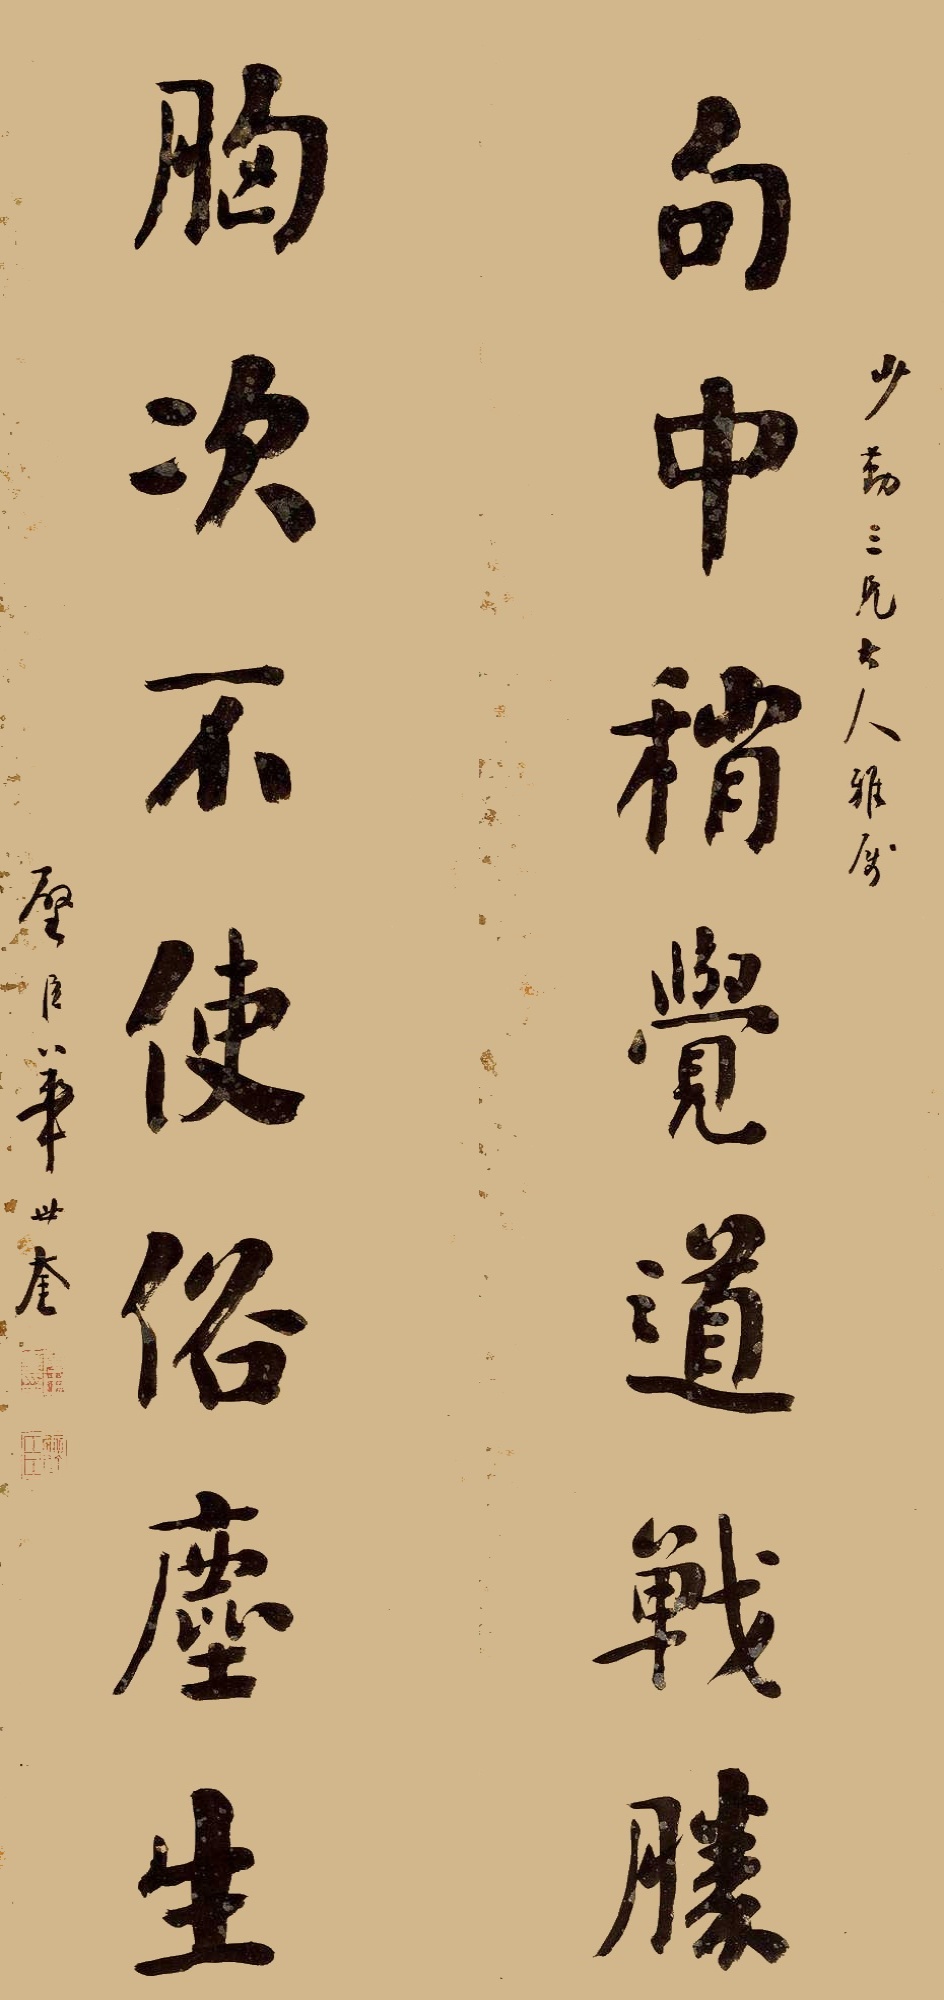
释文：句中稍觉道战胜，胸次不使俗尘生。少勤三兄大人雅属，璧臣华世奎。